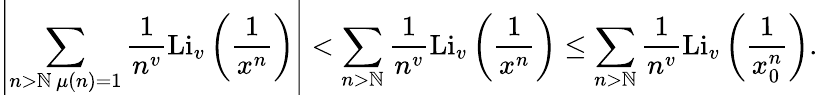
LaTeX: \left|\sum_{\substack{n>\mathbb{N}\, \mu(n)=1}}\frac{{1}}{{n^{v}}}\textnormal{Li}_{v}\left(\frac{{1}}{{x^{n}}}\right)\right|<\sum_{n>\mathbb{N}}\frac{{1}}{{n^{v}}}\textnormal{Li}_{v}\left(\frac{{1}}{{x^{n}}}\right)\leq\sum_{n>\mathbb{N}}\frac{{1}}{{n^{v}}}\textnormal{Li}_{v}\left(\frac{{1}}{{x_{0}^{n}}}\right).